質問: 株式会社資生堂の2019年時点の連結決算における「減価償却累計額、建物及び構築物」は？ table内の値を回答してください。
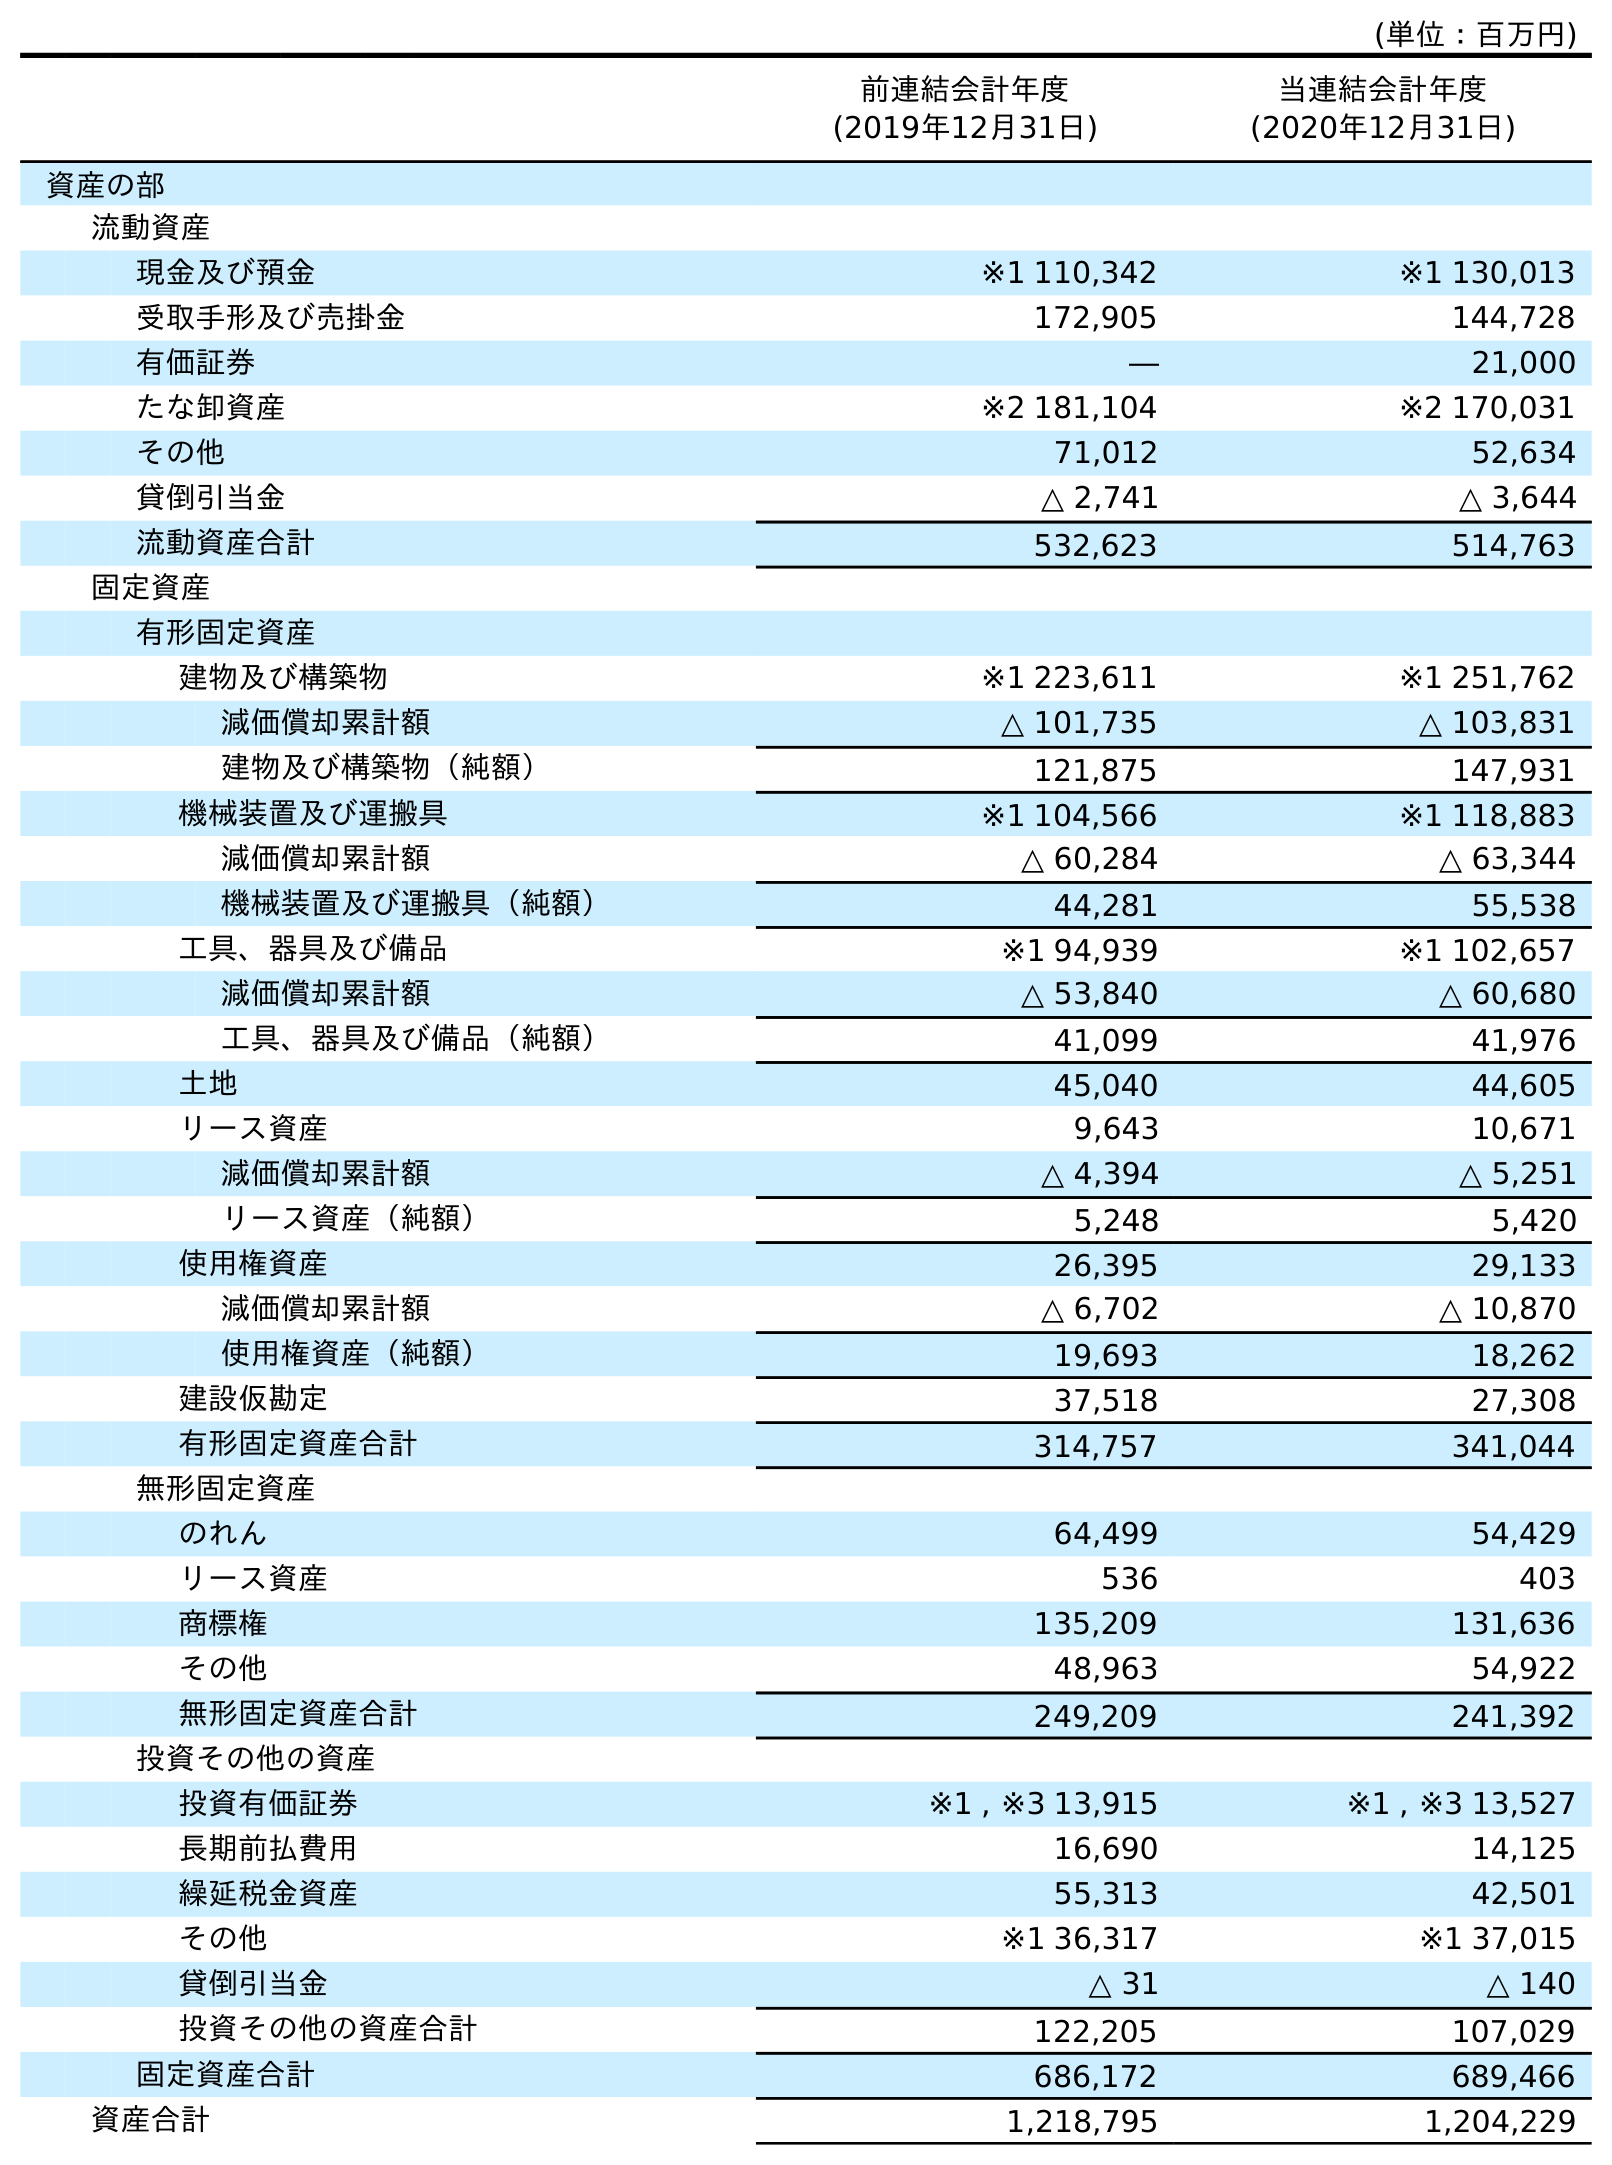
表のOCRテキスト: (単位：百万円) 前連結会計年度 (2019年12月31日) 当連結会計年度 (2020年12月31日) 資産の部 流動資産 現金及び預金 ※1 110,342 ※1 130,013 受取手形及び売掛金 172,905 144,728 有価証券 ― 21,000 たな卸資産 ※2 181,104 ※2 170,031 その他 71,012 52,634 貸倒引当金 △ 2,741 △ 3,644 流動資産合計 532,623 514,763 固定資産 有形固定資産 建物及び構築物 ※1 223,611 ※1 251,762 減価償却累計額 △ 101,735 △ 103,831 建物及び構築物（純額） 121,875 147,931 機械装置及び運搬具 ※1 104,566 ※1 118,883 減価償却累計額 △ 60,284 △ 63,344 機械装置及び運搬具（純額） 44,281 55,538 工具、器具及び備品 ※1 94,939 ※1 102,657 減価償却累計額 △ 53,840 △ 60,680 工具、器具及び備品（純額） 41,099 41,976 土地 45,040 44,605 リース資産 9,643 10,671 減価償却累計額 △ 4,394 △ 5,251 リース資産（純額） 5,248 5,420 使用権資産 26,395 29,133 減価償却累計額 △ 6,702 △ 10,870 使用権資産（純額） 19,693 18,262 建設仮勘定 37,518 27,308 有形固定資産合計 314,757 341,044 無形固定資産 のれん 64,499 54,429 リース資産 536 403 商標権 135,209 131,636 その他 48,963 54,922 無形固定資産合計 249,209 241,392 投資その他の資産 投資有価証券 ※1 , ※3 13,915 ※1 , ※3 13,527 長期前払費用 16,690 14,125 繰延税金資産 55,313 42,501 その他 ※1 36,317 ※1 37,015 貸倒引当金 △ 31 △ 140 投資その他の資産合計 122,205 107,029 固定資産合計 686,172 689,466 資産合計 1,218,795 1,204,229
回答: △101,735